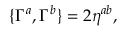
\{ \Gamma ^ { a } , \Gamma ^ { b } \} = 2 \eta ^ { a b } ,